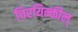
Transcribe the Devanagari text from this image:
चिरयिन्कील्